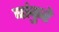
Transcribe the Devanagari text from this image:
बांकुरे